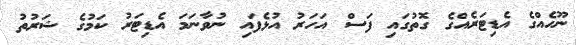
ނޫހެއްގެ އެޑިޓަރެއްގެ ގޮތުގައި ފަސް އަހަރު އުޅެފައި ނުވާނަމަ އެޑިޓަރު ކަމުގެ ޝަރުތު